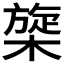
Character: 𰘡